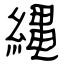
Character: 縄